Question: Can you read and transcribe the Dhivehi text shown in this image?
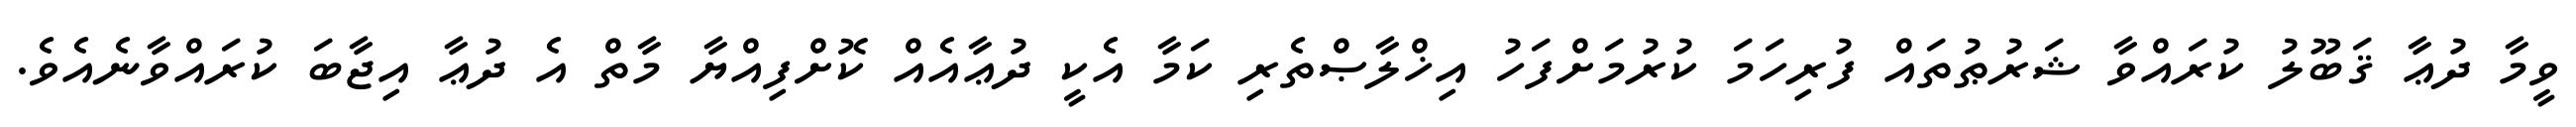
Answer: ވީމާ ދުޢާ ޤަބޫލު ކުރައްވާ ޝަރުޠުތައް ފުރިހަމަ ކުރުމަށްފަހު އިޚްލާޞްތެރި ކަމާ އެކީ ދުޢާއެއް ކޮށްފިއްޔާ މާތް އެ ދުޢާ އިޖާބަ ކުރައްވާނެއެވެ.